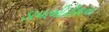
ડાયાબીટીશના